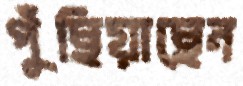
পুঁছিয়াছেন